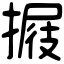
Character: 𢲈